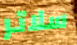
سلاتر